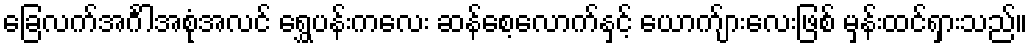
ခြေလက်အင်္ဂါအစုံအလင် ရွှေပန်းကလေး ဆန်စေ့လောက်နှင့် ယောက်ျားလေးဖြစ် မှန်းထင်ရှားသည်။